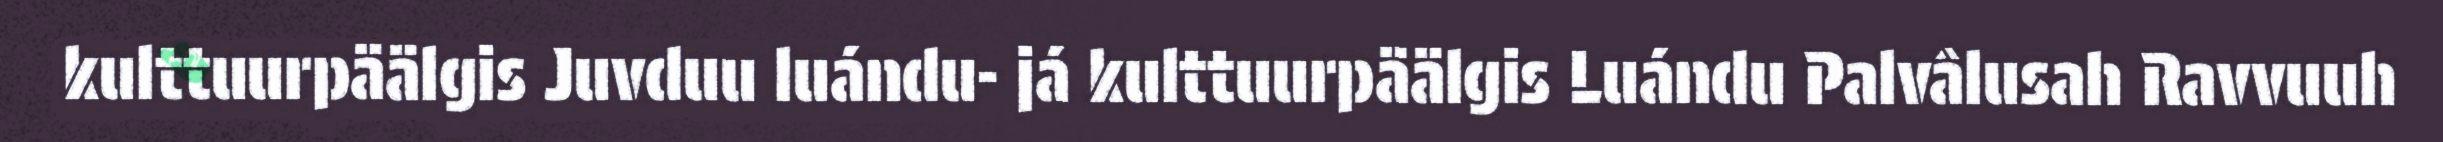
kulttuurpäälgis Juvduu luándu- já kulttuurpäälgis Luándu Palvâlusah Ravvuuh